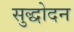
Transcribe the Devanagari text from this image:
सुद्धोदन